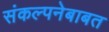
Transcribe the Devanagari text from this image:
संकल्पनेबाबत